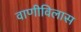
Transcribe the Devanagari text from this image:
वाणीविलास